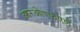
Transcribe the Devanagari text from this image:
आरओएफएल